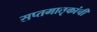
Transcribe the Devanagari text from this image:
सप्तमातृकांची